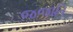
જજાતિ